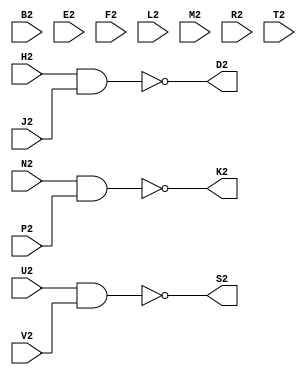
// M660 - Positive level driver
// Kyle Owen - 18 February 2021

module m660 (
	//A2,  // +5V
	B2,
	//C2,  // ground
	D2,
	E2,
	F2,
	H2,
	J2,
	K2,
	L2,
	M2,
	N2,
	P2,
	R2,
	S2,
	T2,
	U2,
	V2
	);
// power and grounds
//inout A2, C2;

// main inputs
input H2, J2, N2, P2, U2, V2;

// main outputs
output D2, K2, S2;

// unused
/* verilator lint_off UNUSED */
input B2, E2, F2, L2, M2, R2, T2;
/* lint_on */

// power assignments
//assign A2 = 1'b1;
//assign C2 = 1'b0;

assign D2 = !(H2 & J2);
assign K2 = !(N2 & P2);
assign S2 = !(U2 & V2);

endmodule